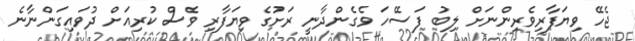
ޖެހޭ ވިޔަފާރިވެރިންނަށް ލިބު ފަސޭހަ ވެގެންދާނީ ރަށުގެ ވިޔަފާރި ވެސް ކުރިއަށް ދުވައިގަންނާނެ